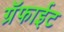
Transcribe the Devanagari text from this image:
ग्रॅफाईट